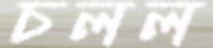
চলল